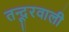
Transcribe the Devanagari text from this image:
तन्दूरवाली